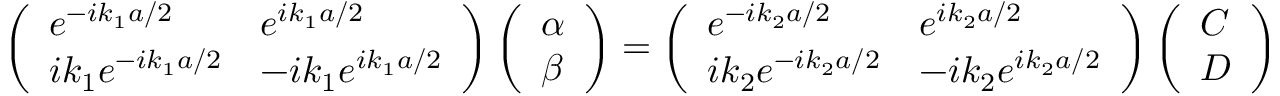
\left( \begin{array} { l l } { e ^ { - i k _ { 1 } a / 2 } } & { e ^ { i k _ { 1 } a / 2 } } \\ { i k _ { 1 } e ^ { - i k _ { 1 } a / 2 } } & { - i k _ { 1 } e ^ { i k _ { 1 } a / 2 } } \end{array} \right) \left( \begin{array} { l } { \alpha } \\ { \beta } \end{array} \right) = \left( \begin{array} { l l } { e ^ { - i k _ { 2 } a / 2 } } & { e ^ { i k _ { 2 } a / 2 } } \\ { i k _ { 2 } e ^ { - i k _ { 2 } a / 2 } } & { - i k _ { 2 } e ^ { i k _ { 2 } a / 2 } } \end{array} \right) \left( \begin{array} { l } { C } \\ { D } \end{array} \right)